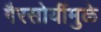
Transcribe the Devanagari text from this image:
गैरसोयींमुळे